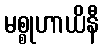
မစ္စုဟာယိနီ